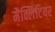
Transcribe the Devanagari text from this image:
मैक्लिंटियर